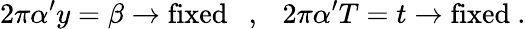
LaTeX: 2\pi\alpha^{\prime}y=\beta\rightarrow\mathrm{fixed}~~~,~~~2\pi\alpha^{\prime}T=t\rightarrow\mathrm{fixed}~.